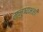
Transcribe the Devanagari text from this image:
मनुष्यभक्षी